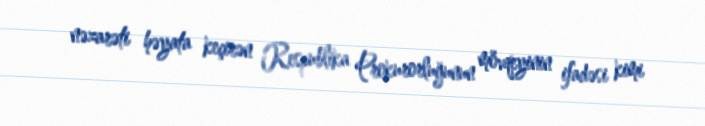
nəzarəti həyata keçirən Respublika Prokurorluğunun mövqeyinin ifadəsi kimi